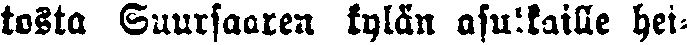
tosta Suursaaren kylän asukkaille hei-